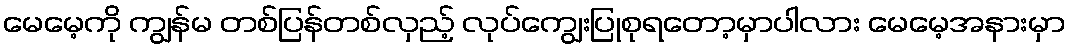
မေမေ့ကို ကျွန်မ တစ်ပြန်တစ်လှည့် လုပ်ကျွေးပြုစုရတော့မှာပါလား မေမေ့အနားမှာ